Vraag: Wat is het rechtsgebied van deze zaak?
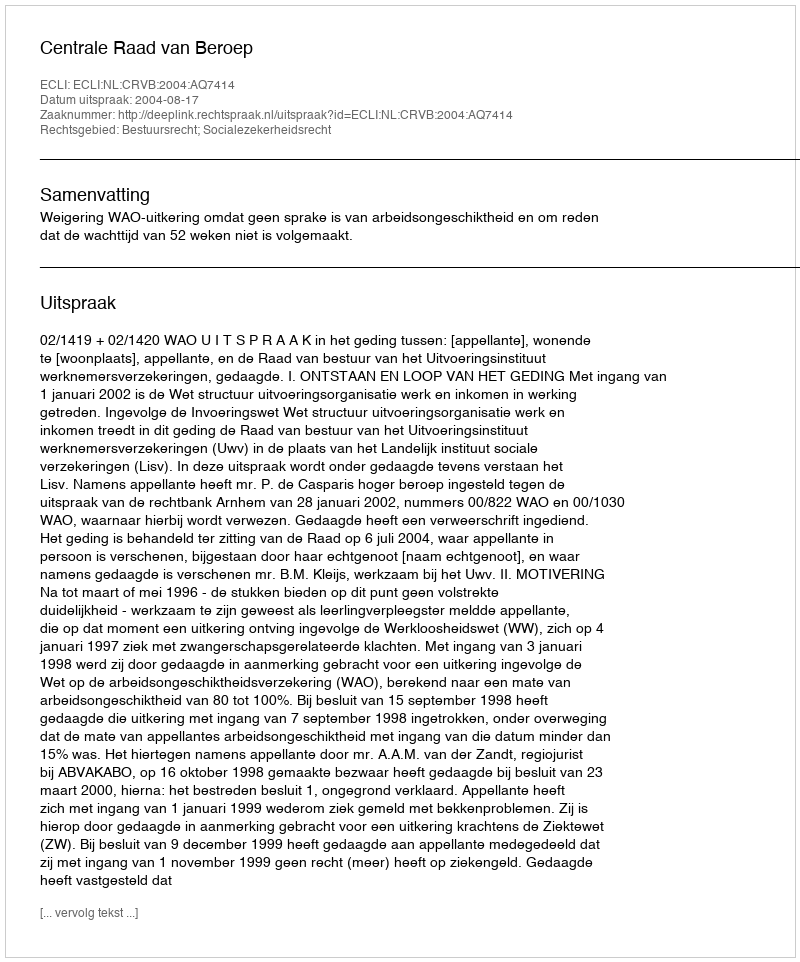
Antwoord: Bestuursrecht; Socialezekerheidsrecht